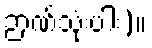
ဉာဏ်သုံးပါး)။